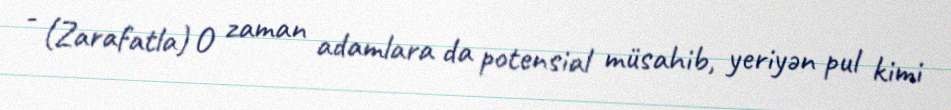
- (Zarafatla) O zaman adamlara da potensial müsahib, yeriyən pul kimi